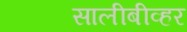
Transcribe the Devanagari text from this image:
सालीबीव्हर